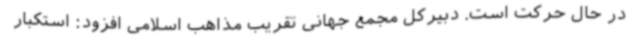
در حال حرکت است. دبیرکل مجمع جهانی تقریب مذاهب اسلامی افزود: استکبار